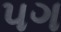
૫ગ